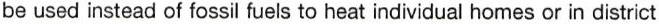
be used instead of fossil fuels to heat individual homes or in district